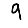
Digit: 9